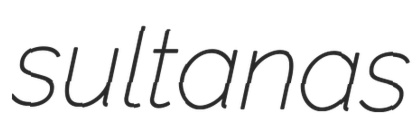
sultanas